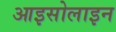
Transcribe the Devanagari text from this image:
आइसोलाइन